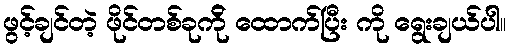
ဖွင့်ချင်တဲ့ ဖိုင်တစ်ခုက်ို ထောက်ပြီး ကို ရွေးချယ်ပါ။